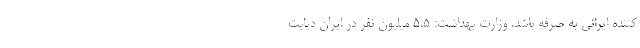
کننده ایرانی به صرفه باشد. وزارت بهداشت: ۵.۵ میلیون نفر در ایران دیابت